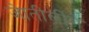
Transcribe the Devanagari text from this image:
जेातीर्लींगे